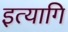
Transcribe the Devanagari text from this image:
इत्यागि